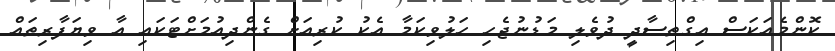
ކޮންމެއަކަސް އިގްތިސާދީ ދުވެލި މަޑުނުޖެހި ހަލުވިކަމާ އެކު ކުރިއަށް ގެންދިއުމަށްޓަކައި އާ ވިޔަފާރިތައް